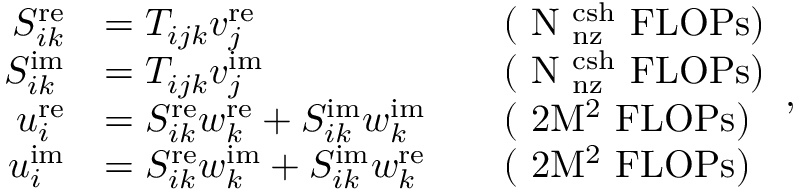
\begin{array} { r l r l } { S _ { i k } ^ { \mathrm { r e } } } & { = T _ { i j k } v _ { j } ^ { \mathrm { r e } } } & & { \mathrm { ( ~ N _ \mathrm { ~ n z } ^ \mathrm { ~ c s h } ~ F L O P s ) } } \\ { S _ { i k } ^ { \mathrm { i m } } } & { = T _ { i j k } v _ { j } ^ { \mathrm { i m } } } & & { \mathrm { ( ~ N _ \mathrm { ~ n z } ^ \mathrm { ~ c s h } ~ F L O P s ) } } \\ { u _ { i } ^ { \mathrm { r e } } } & { = S _ { i k } ^ { \mathrm { r e } } w _ { k } ^ { \mathrm { r e } } + S _ { i k } ^ { \mathrm { i m } } w _ { k } ^ { \mathrm { i m } } } & & { \mathrm { ( ~ 2 M ^ 2 ~ F L O P s ) } } \\ { u _ { i } ^ { \mathrm { i m } } } & { = S _ { i k } ^ { \mathrm { r e } } w _ { k } ^ { \mathrm { i m } } + S _ { i k } ^ { \mathrm { i m } } w _ { k } ^ { \mathrm { r e } } } & & { \mathrm { ( ~ 2 M ^ 2 ~ F L O P s ) } } \end{array} ,